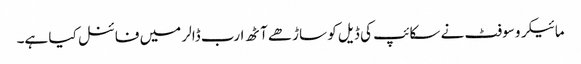
مائیکرو سوفٹ نے سکائپ کی ڈیل کو ساڑھے آٹھ ارب ڈالر میں فائنل کیا ہے۔